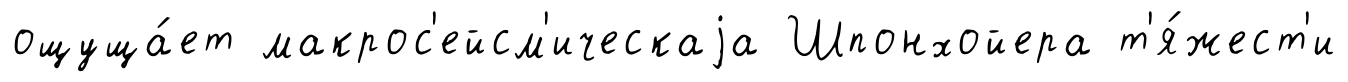
ощуща́ет макрос'ейсм'ическаjа Шпонхойера т'я́жест'и